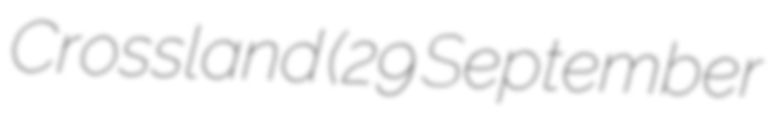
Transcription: Crossland (29 September